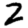
Digit: 2